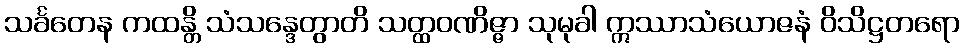
သင်္ခတေန ကထန္တိ သံသန္ဒေတွာတိ သတ္ထဝဏိဇ္ဇာ သုမုခါ ဣဿာသံယောဇနံ ဝိသိဋ္ဌတရော